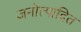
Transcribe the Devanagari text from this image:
जनोत्पादित